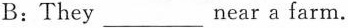
B：They ___near a farm.